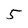
Character: 5